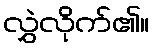
လွှဲလိုက်၏။